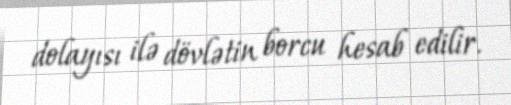
dolayısı ilə dövlətin borcu hesab edilir.